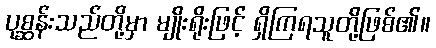
ပုစ္ဆန်းသည်တို့မှာ မျိုးရိုးဖြင့် ရှိကြရသူတို့ဖြစ်၏။